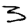
Digit: 3